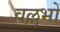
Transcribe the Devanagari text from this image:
वल्लभों